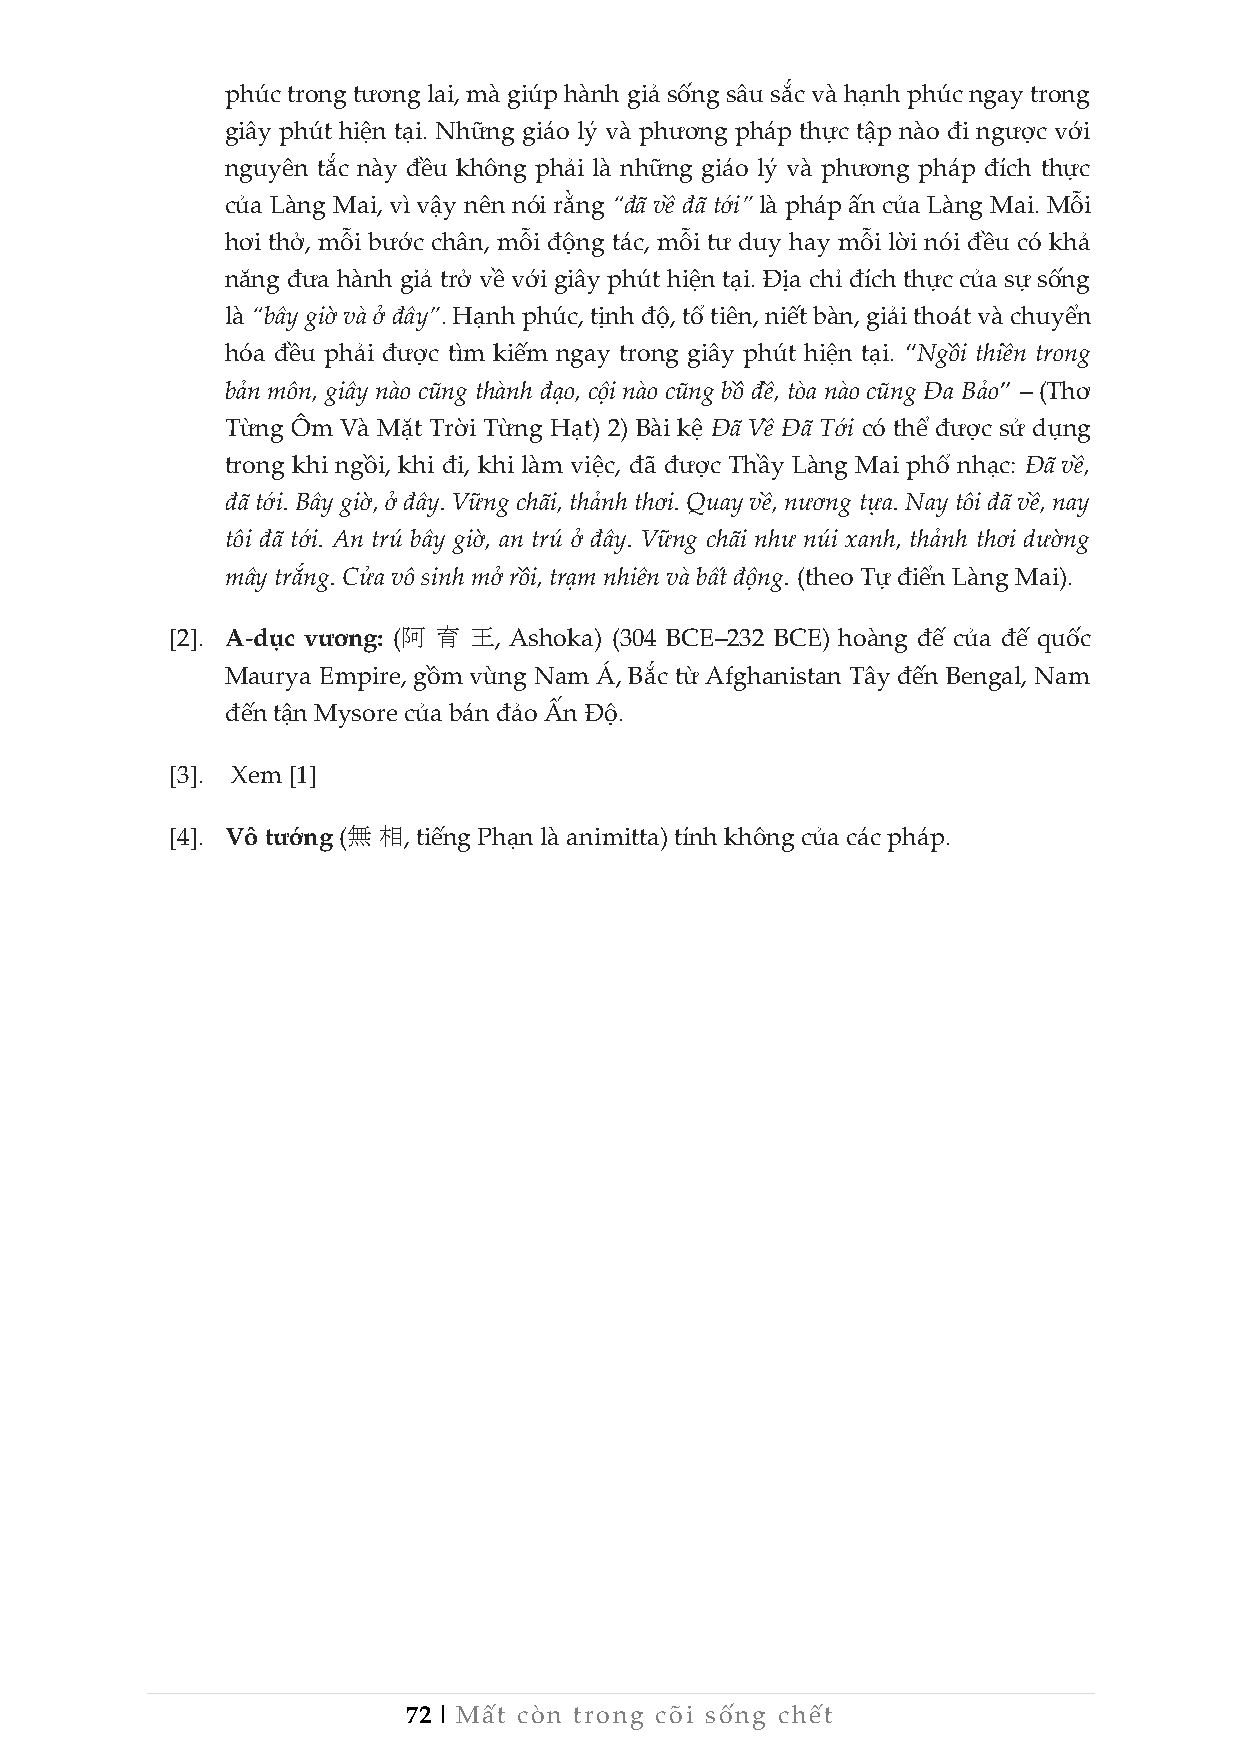
phúc trong tương lai, mà giúp hành giả sống sâu sắc và hạnh phúc ngay trong
 giây phút hiện tại. Những giáo lý và phương pháp thực tập nào đi ngược với
 nguyên tắc này đều không phải là những giáo lý và phương pháp đích thực
 của Làng Mai, vì vậy nên nói rằng “đã về đã tới” là pháp ấn của Làng Mai. Mỗi
 hơi thở, mỗi bước chân, mỗi động tác, mỗi tư duy hay mỗi lời nói đều có khả
 năng đưa hành giả trở về với giây phút hiện tại. Địa chỉ đích thực của sự sống
 là “bây giờ và ở đây”. Hạnh phúc, tịnh độ, tổ tiên, niết bàn, giải thoát và chuyển
 hóa đều phải được tìm kiếm ngay trong giây phút hiện tại. “Ngồi thiền trong
 bản môn, giây nào cũng thành đạo, cội nào cũng bồ đề, tòa nào cũng Đa Bảo” – (Thơ
 Từng Ôm Và Mặt Trời Từng Hạt) 2) Bài kệ Đã Về Đã Tới có thể được sử dụng
 trong khi ngồi, khi đi, khi làm việc, đã được Thầy Làng Mai phổ nhạc: Đã về,
 đã tới. Bây giờ, ở đây. Vững chãi, thảnh thơi. Quay về, nương tựa. Nay tôi đã về, nay
 tôi đã tới. An trú bây giờ, an trú ở đây. Vững chãi như núi xanh, thảnh thơi dường
 mây trắng. Cửa vô sinh mở rồi, trạm nhiên và bất động. (theo Tự điển Làng Mai).
 [2]. A-dục vương: (阿 育 王, Ashoka) (304 BCE–232 BCE) hoàng đế của đế quốc
 Maurya Empire, gồm vùng Nam Á, Bắc từ Afghanistan Tây đến Bengal, Nam
 đến tận Mysore của bán đảo Ấn Độ.
 [3]. Xem [1]
 [4]. Vô tướng (無 相, tiếng Phạn là animitta) tính không của các pháp.
 72 | Mất còn trong cõi sống chết